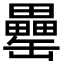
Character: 罍